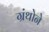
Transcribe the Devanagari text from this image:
ग्रंथोने